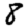
Digit: 8